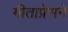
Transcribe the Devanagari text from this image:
गीताप्रेसने